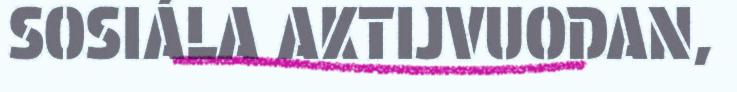
SOSIÁLA AKTIJVUODAN,